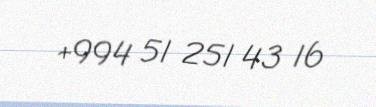
+994 51 251 43 16